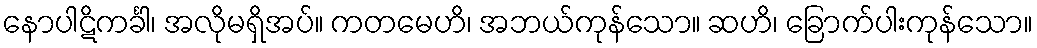
နောပါဋိကင်္ခါ၊ အလိုမရှိအပ်။ ကတမေဟိ၊ အဘယ်ကုန်သော။ ဆဟိ၊ ခြောက်ပါးကုန်သော။